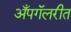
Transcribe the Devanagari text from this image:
अँपगॅलरीत